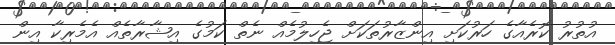
އުތުރު ކޮރެއާގެ ހަރުކަށި އިންޒާރުތަކަށް ޖެހިލުމެއް ނެތް ކަމުގެ އިޝާރާތެއް އެމެރިކާ އިން